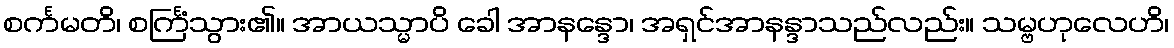
စင်္ကမတိ၊ စင်္ကြံသွား၏။ အာယသ္မာပိ ခေါ အာနန္ဒော၊ အရှင်အာနန္ဒာသည်လည်း။ သမ္ဗဟုလေဟိ၊